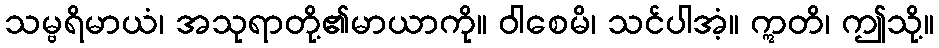
သမ္ဗရိမာယံ၊ အသုရာတို့၏မာယာကို။ ဝါစေမိ၊ သင်ပါအံ့။ ဣတိ၊ ဤသို့။